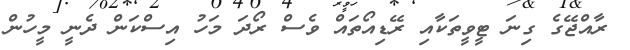
ރާއްޖޭގެ ގިނަ ޓީވީތަކާއި ރޭޑިއޯތައް ވެސް ރޯދަ މަހު އިސްކަން ދެނީ މީހުން